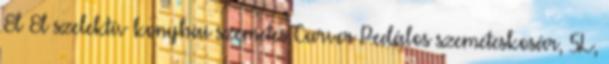
8l 8l szelektív konyhai szemetes Curver Pedálos szemeteskosár, 5L,